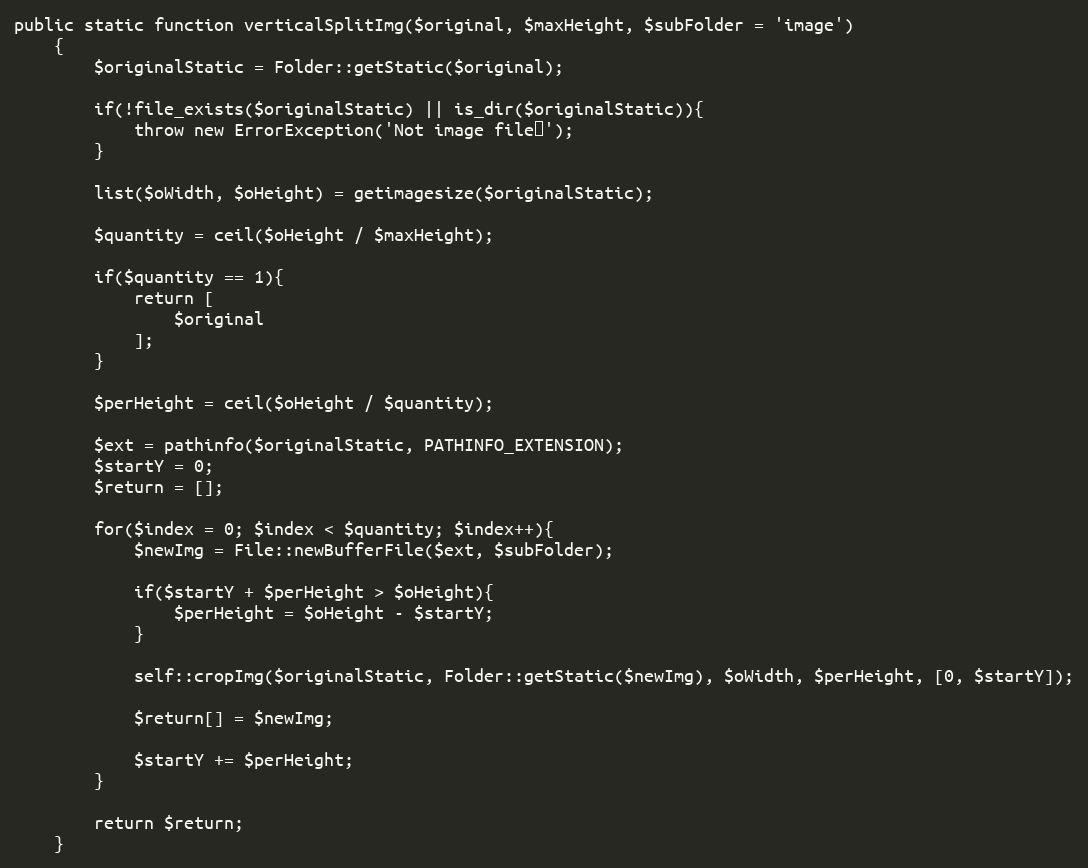
Language: PHP
public static function verticalSplitImg($original, $maxHeight, $subFolder = 'image')
    {
        $originalStatic = Folder::getStatic($original);

        if(!file_exists($originalStatic) || is_dir($originalStatic)){
            throw new ErrorException('Not image file！');
        }

        list($oWidth, $oHeight) = getimagesize($originalStatic);

        $quantity = ceil($oHeight / $maxHeight);

        if($quantity == 1){
            return [
                $original
            ];
        }

        $perHeight = ceil($oHeight / $quantity);

        $ext = pathinfo($originalStatic, PATHINFO_EXTENSION);
        $startY = 0;
        $return = [];

        for($index = 0; $index < $quantity; $index++){
            $newImg = File::newBufferFile($ext, $subFolder);

            if($startY + $perHeight > $oHeight){
                $perHeight = $oHeight - $startY;
            }

            self::cropImg($originalStatic, Folder::getStatic($newImg), $oWidth, $perHeight, [0, $startY]);

            $return[] = $newImg;

            $startY += $perHeight;
        }

        return $return;
    }